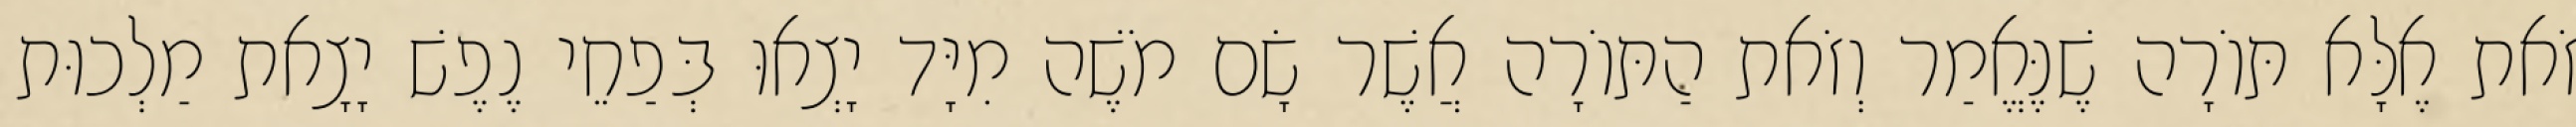
זֹאת אֶלָּא תּוֹרָה שֶׁנֶּאֱמַר וְזֹאת הַתּוֹרָה אֲשֶׁר שָׂם מֹשֶׁה מִיָּד יָצְאוּ בְּפַחֵי נֶפֶשׁ יָצָאת מַלְכוּת